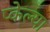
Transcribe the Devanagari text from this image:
प्केल्या